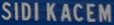
SIDI KACEM